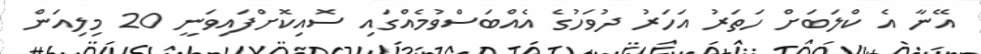
އޭނާ އެ ކްލަބަށް ހަތަރު އަހަރު ދުވަހުގެ އެއްބަސްވުމެއްގައި ސޮއިކޮށްފައިވަނީ 20 މިލިއަން